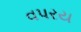
વપરય